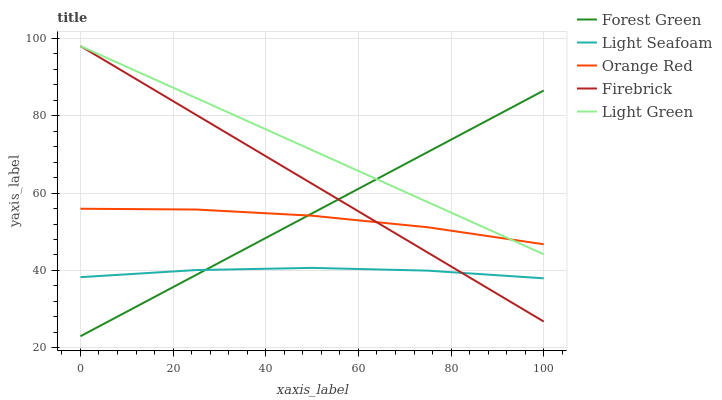
| xaxis_label | Forest Green | Light Seafoam | Orange Red | Firebrick | Light Green |
 | --- | --- | --- | --- | --- | --- |
 | 0 | 23 | 38.3 | 55.9 | 98 | 98 |
 | 25 | 38.9 | 40.1 | 55.7 | 80.2 | 84.5 |
 | 50 | 54.7 | 40.7 | 54.1 | 62.4 | 71.1 |
 | 75 | 70.6 | 40 | 51.2 | 44.6 | 57.6 |
 | 100 | 86.5 | 38 | 46.8 | 26.8 | 44.2 |